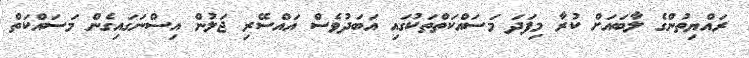
ރައްޔިތުންގެ ލާބައަށް ކުރާ މިފަދަ މަސައްކަތްތަކުގައި އަބަދުވެސް އައްސޭރި ޖަލުން އިސްނަގައިގެން މަސައްކަތް